Civil Veterinary Dept. North-West Frontier Province 1901-22 - 1901-1922
Year: 1901
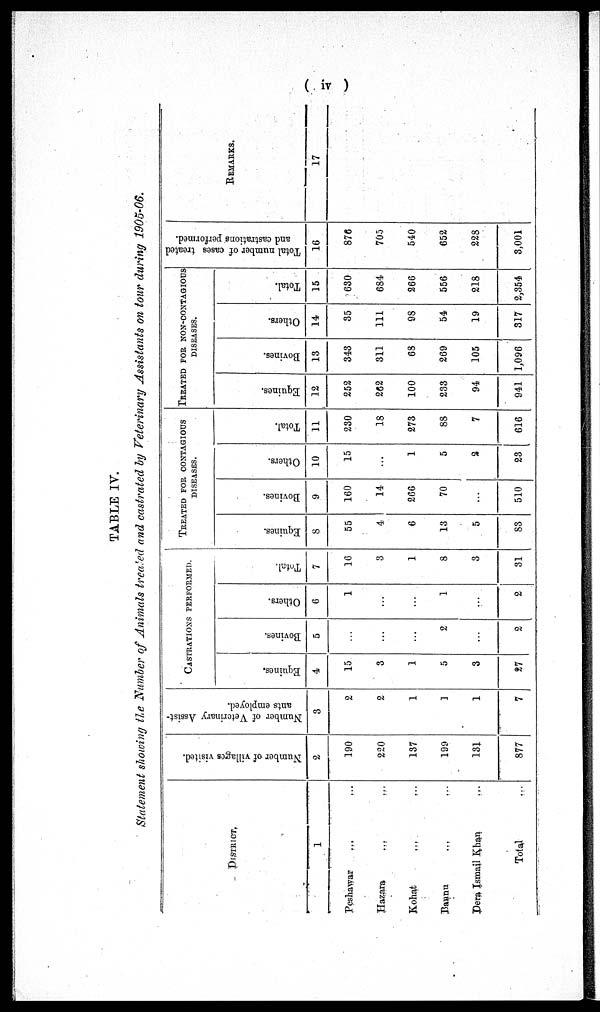
( iv )
TABLE IV.
Statement showing the Number of Animals treated and castrated by Veterinary Assistants on tour during 1905-06.
DISTRICT.
1
Peshawar
...
...
Hazara ... ... ...
Kohat ... ... ...
Bannu ... ... ...
Dera Ismail Khan ...
Total ...
Number of villages visited.
2
190
220
137
199
131
877
Number of Veterinary Assist-
ants employed.
3
2
2
1
1
1
7
CASTRATIONS PERFORMED.
Equines.
4
15
3
1
5
3
27
Bovi nes .
5
...
...
...
2
...
2
Ot her s .
6
1
...
...
1
...
2
Tot al .
7
16
3
1
8
3
31
TREATED FOR CONTAGIOUS
DISEASES.
Equi nes .
8
55
4
6
13
5
83
Bovines.
9
160
14
266
70
...
510
Ot her s .
10
15
...
1
5
2
23
Tot al .
11
230
18
273
88
7
616
TREATED FOR NON-CONTAGIOUS
DISEASES.
Equines.
12
252
262
100
233
94
941
Bovi nes .
13
343
311
68
269
105
1,096
Ot her s .
14
35
111
98
54
19
317
Tot al .
15
630
684
266
556
218
2,354
Total number of cases treated
and castrations performed.
16
876
705
540
652
228
3,001
REMARKS.
17